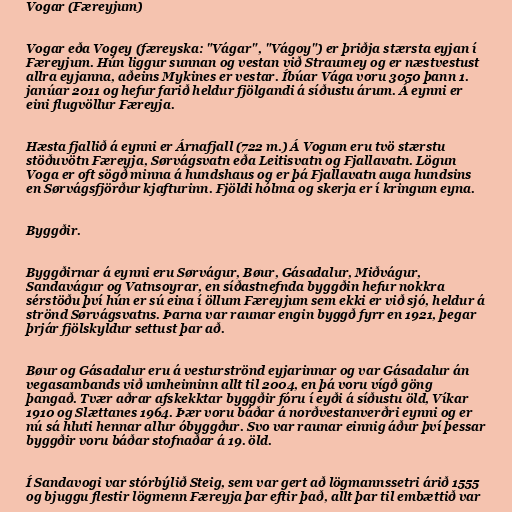
Vogar (Færeyjum)

Vogar eða Vogey (færeyska: "Vágar", "Vágoy") er þriðja stærsta eyjan í
Færeyjum. Hún liggur sunnan og vestan við Straumey og er næstvestust
allra eyjanna, aðeins Mykines er vestar. Íbúar Vága voru 3050 þann 1.
janúar 2011 og hefur farið heldur fjölgandi á síðustu árum. Á eynni er
eini flugvöllur Færeyja.

Hæsta fjallið á eynni er Árnafjall (722 m.) Á Vogum eru tvö stærstu
stöðuvötn Færeyja, Sørvágsvatn eða Leitisvatn og Fjallavatn. Lögun
Voga er oft sögð minna á hundshaus og er þá Fjallavatn auga hundsins
en Sørvágsfjörður kjafturinn. Fjöldi hólma og skerja er í kringum eyna.

Byggðir.

Byggðirnar á eynni eru Sørvágur, Bøur, Gásadalur, Miðvágur,
Sandavágur og Vatnsoyrar, en síðastnefnda byggðin hefur nokkra
sérstöðu því hún er sú eina í öllum Færeyjum sem ekki er við sjó, heldur á
strönd Sørvágsvatns. Þarna var raunar engin byggð fyrr en 1921, þegar
þrjár fjölskyldur settust þar að.

Bøur og Gásadalur eru á vesturströnd eyjarinnar og var Gásadalur án
vegasambands við umheiminn allt til 2004, en þá voru vígð göng
þangað. Tvær aðrar afskekktar byggðir fóru í eyði á síðustu öld, Víkar
1910 og Slættanes 1964. Þær voru báðar á norðvestanverðri eynni og er
nú sá hluti hennar allur óbyggður. Svo var raunar einnig áður því þessar
byggðir voru báðar stofnaðar á 19. öld.

Í Sandavogi var stórbýlið Steig, sem var gert að lögmannssetri árið 1555
og bjuggu flestir lögmenn Færeyja þar eftir það, allt þar til embættið var